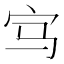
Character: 𡧁